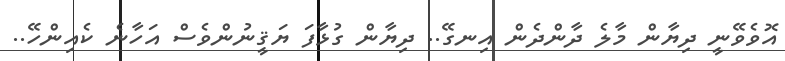
އޮވެވޭނީ ދިޔާން މާލެ ދާންދެން އިނގޭ.. ދިޔާން ގުޅާފަ ޔަޤީނުންވެސް އަހާނެ ކެއިންހޭ..